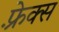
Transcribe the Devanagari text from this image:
फ़्रेक्स